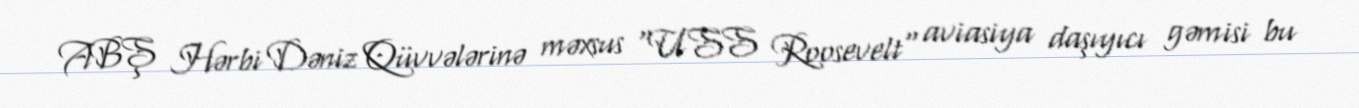
ABŞ Hərbi Dəniz Qüvvələrinə məxsus "USS Roosevelt" aviasiya daşıyıcı gəmisi bu